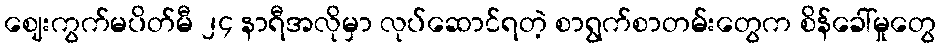
ဈေးကွက်မပိတ်မီ ၂၄ နာရီအလိုမှာ လုပ်ဆောင်ရတဲ့ စာရွက်စာတမ်းတွေက စိန်ခေါ်မှုတွေ